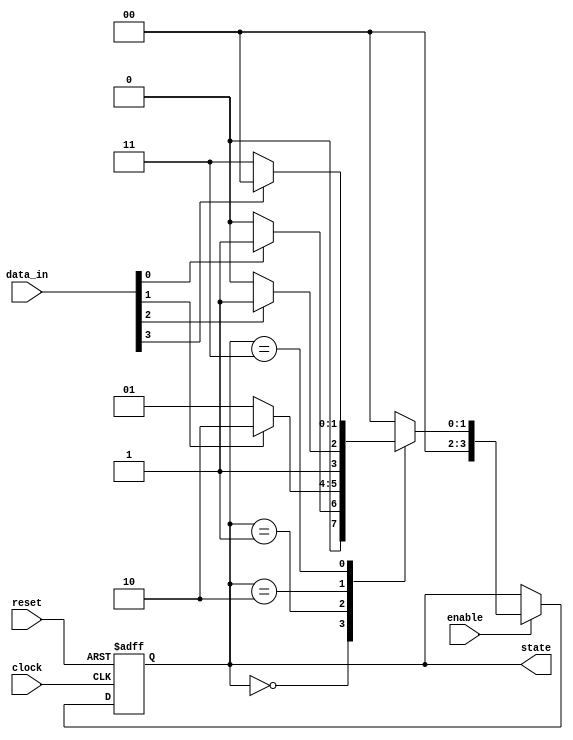
module synchronous_design (
    input wire clock,        // Clock signal
    input wire reset,        // Asynchronous reset signal
    input wire enable,       // Enable signal for state changes
    input wire [3:0] data_in,// Input data
    output reg [3:0] state   // Output state
);

    // State encoding
    reg [3:0] next_state;

    // Sequential logic: Update state on the rising edge of the clock
    always @(posedge clock or posedge reset) begin
        if (reset) begin
            state <= 4'b0000; // Reset state
        end else if (enable) begin
            state <= next_state; // Update state
        end
    end

    // Combinational logic: Determine next state based on current state and inputs
    always @(*) begin
        case (state)
            4'b0000: next_state = (data_in[0]) ? 4'b0001 : 4'b0000; // Transition based on data_in[0]
            4'b0001: next_state = (data_in[1]) ? 4'b0010 : 4'b0001; // Transition based on data_in[1]
            4'b0010: next_state = (data_in[2]) ? 4'b0011 : 4'b0010; // Transition based on data_in[2]
            4'b0011: next_state = (data_in[3]) ? 4'b0000 : 4'b0011; // Transition back to 0000 based on data_in[3]
            default: next_state = 4'b0000; // Default case
        endcase
    end

    // Additional logic can be added for negative edge-triggered events if needed
    always @(negedge clock) begin
        // Example: Perform some action on falling edge if needed
        // This block can be used for other functionalities, like sampling signals
    end

endmodule